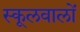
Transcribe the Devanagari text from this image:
स्कूलवालों